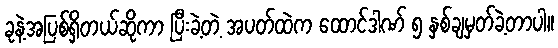
ခုနဲ့အပြစ်ရှိတယ်ဆိုကာ ပြီးခဲ့တဲ့ အပတ်ထဲက ထောင်ဒါဏ် ၅ နှစ်ချမှတ်ခဲ့တာပါ။